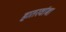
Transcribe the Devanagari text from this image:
हातरवांबा